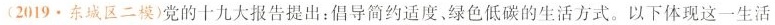
(2019.东城区二模)党的十九大报告提出：倡导简约适度、绿色低碳的生活方式。以下体现这一生活